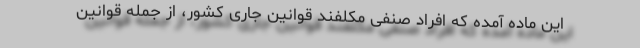
این ماده آمده که افراد صنفی مکلفند قوانین جاری کشور، از جمله قوانین